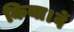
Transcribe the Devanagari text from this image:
किया।वें